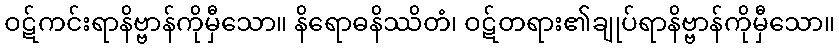
ဝဋ်ကင်းရာနိဗ္ဗာန်ကိုမှီသော။ နိရောဓနိဿိတံ၊ ဝဋ်တရား၏ချုပ်ရာနိဗ္ဗာန်ကိုမှီသော။